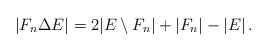
LaTeX: \begin{align*}|F_n\Delta E| = 2 |E\setminus F_n| + |F_n| - |E| \,.\end{align*}